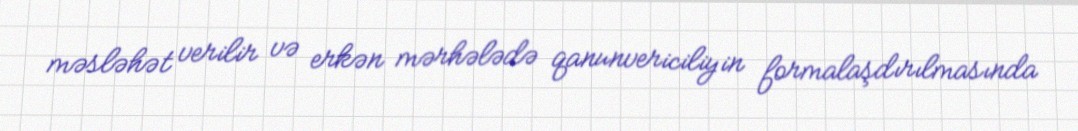
məsləhət verilir və erkən mərhələdə qanunvericiliyin formalaşdırılmasında